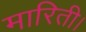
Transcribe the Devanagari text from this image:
मारिती।